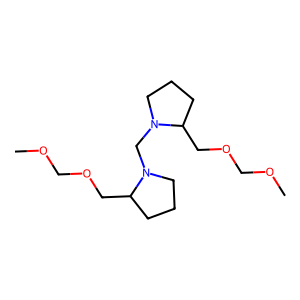
SMILES: COCOCC1CCCN1CN1CCCC1COCOC
Inhibits HIV replication: No